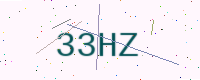
Text: 33HZ